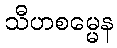
သီဟစမ္မေန